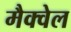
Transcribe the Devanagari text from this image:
मैक्वेल